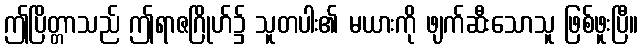
ဤပြိတ္တာသည် ဤရာဇဂြိုဟ်၌ သူတပါး၏ မယားကို ဖျက်ဆီးသောသူ ဖြစ်ဖူးပြီ။